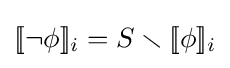
[\![\neg \phi ]\!]_{i}=S\smallsetminus [\![\phi ]\!]_{i}